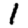
Digit: 1